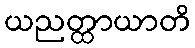
ယညတ္ထာယာတိ